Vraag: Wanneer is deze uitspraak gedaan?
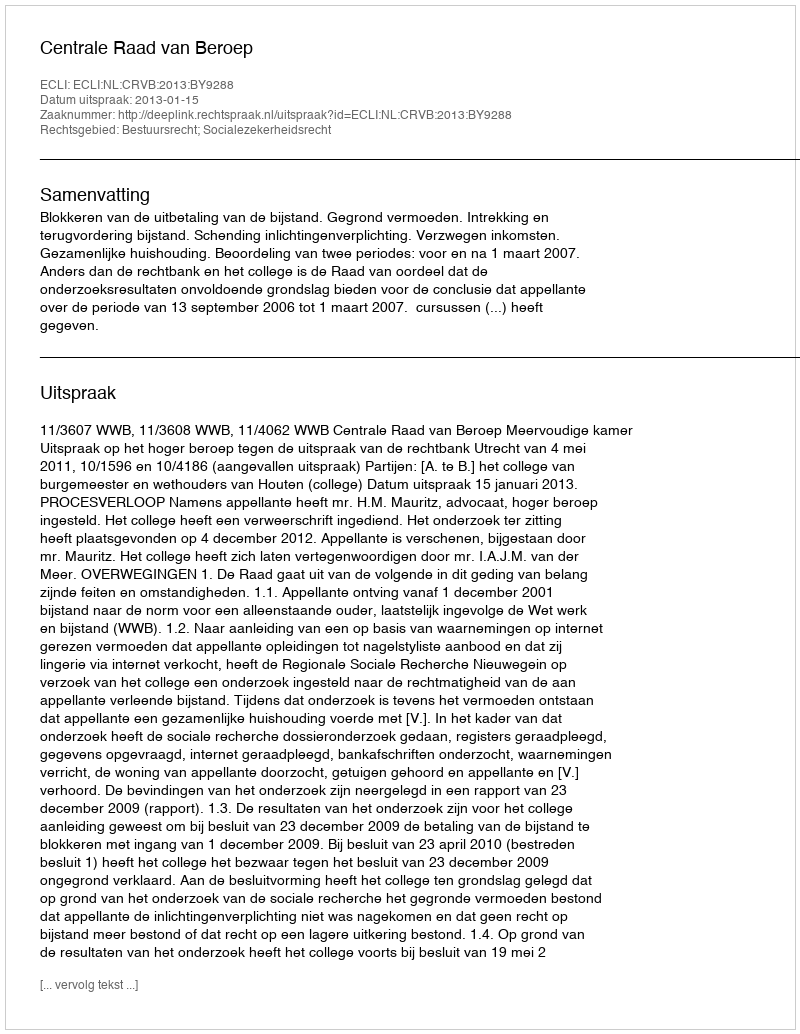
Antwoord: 2013-01-15